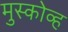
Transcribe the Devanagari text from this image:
मुस्कोव्ह